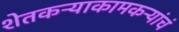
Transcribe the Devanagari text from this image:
शेतकऱ्याकामकऱ्यांचं